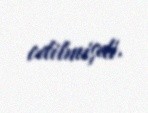
edilmişdi.